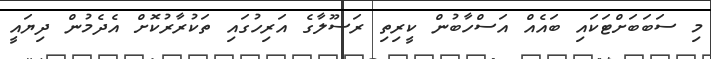
މި ސަބަބަށްޓަކައި ބައެއް އަސްހާބުން ކީރިތި ރަސޫލާގެ އަރިހުގައި ތަކުރާރުކޮށް އެދެމުން ދިޔައީ